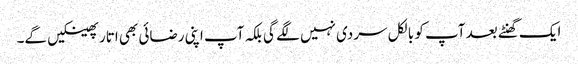
ایک گھنٹے بعد آپ کو بالکل سردی نہیں لگے گی بلکہ آپ اپنی رضائی بھی اتار پھینکیں گے۔